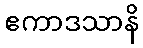
ဧကာဒသာနိ